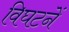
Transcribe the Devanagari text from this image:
विघटनें